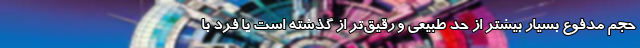
حجم مدفوع بسیار بیشتر از حد طبیعی و رقیق‌تر از گذشته است یا فرد با